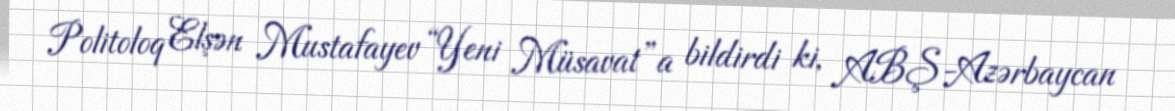
Politoloq Elşən Mustafayev “Yeni Müsavat”a bildirdi ki, ABŞ-Azərbaycan